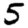
Digit: 5